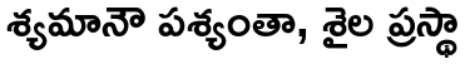
శ్యమానౌ పశ్యంతా, శైల ప్రస్థా